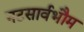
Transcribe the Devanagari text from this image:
नटसार्वभौम